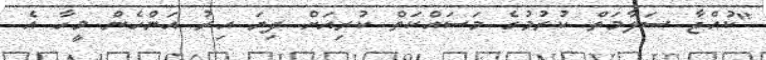
"ކުއްޖާ ސަލާމަތް ކުރުމުގެ މަސައްކަތް ކުރިއަށް ދިޔަ އިރު އަންހެން މީހާ އެ